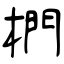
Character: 椚